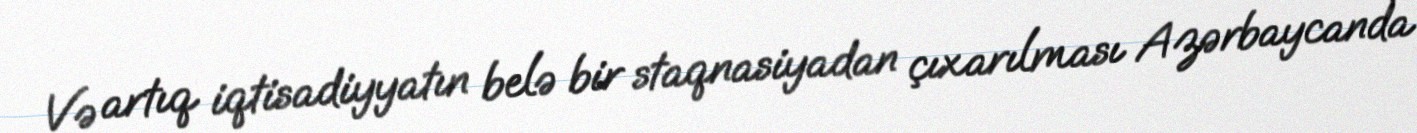
Və artıq iqtisadiyyatın belə bir staqnasiyadan çıxarılması Azərbaycanda